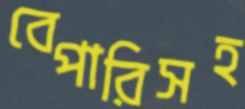
বেপারিসহ